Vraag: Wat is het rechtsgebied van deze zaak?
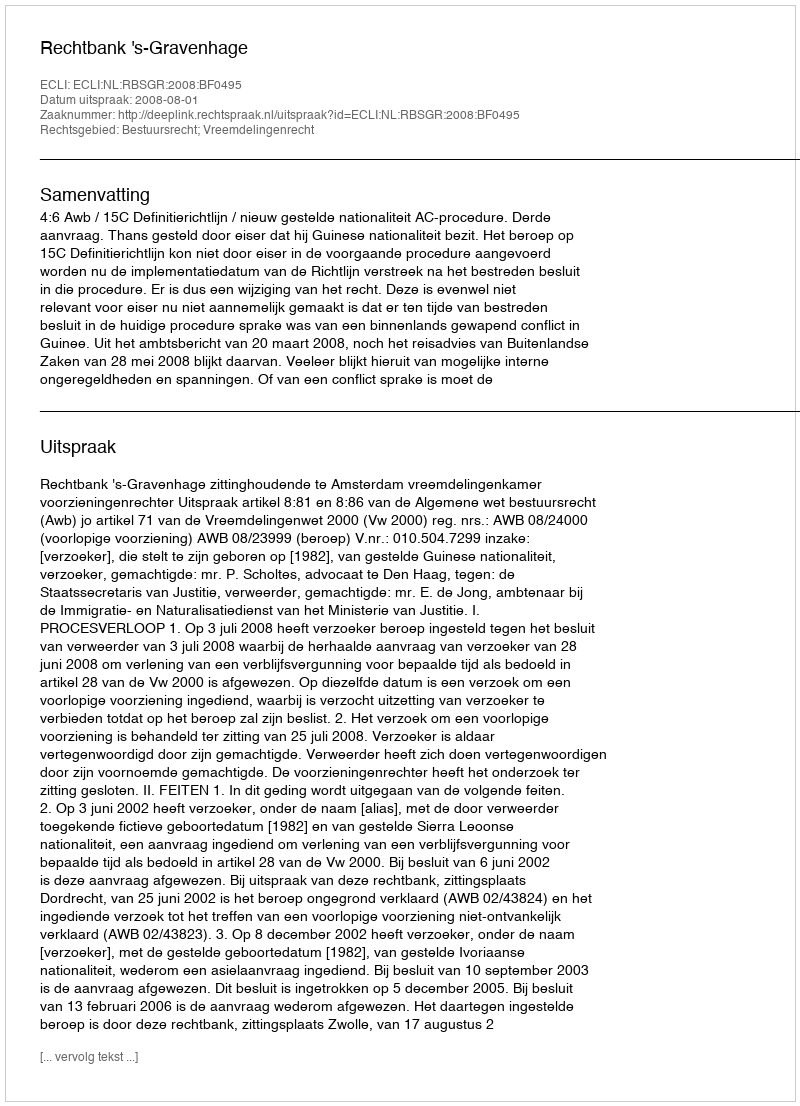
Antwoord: Bestuursrecht; Vreemdelingenrecht